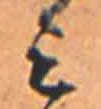
ミ